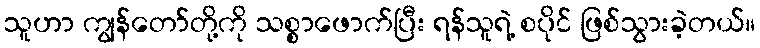
သူဟာ ကျွန်တော်တို့ကို သစ္စာဖောက်ပြီး ရန်သူရဲ့ စပိုင် ဖြစ်သွားခဲ့တယ်။